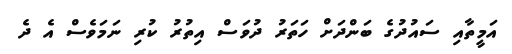
އަމީތާއި ސައުދުގެ ބަންދަށް ހަތަރު ދުވަސް އިތުރު ކުރި ނަމަވެސް އެ ދެ